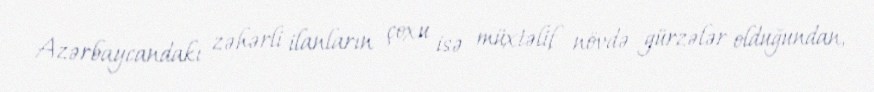
Azərbaycandakı zəhərli ilanların çoxu isə müxtəlif növdə gürzələr olduğundan,